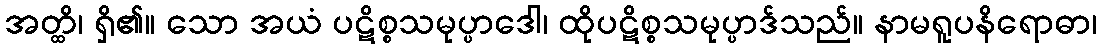
အတ္ထိ၊ ရှိ၏။ သော အယံ ပဋိစ္စသမုပ္ပာဒေါ၊ ထိုပဋိစ္စသမုပ္ပာဒ်သည်။ နာမရူပနိရောဓာ၊